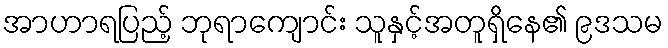
အာဟာရပြည့် ဘုရာကျောင်း သူနှင့်အတူရှိနေ၏ ၉ဒသမ